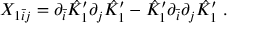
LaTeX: X _ { 1 \bar { i } j } = \partial _ { \bar { i } } \hat { K } _ { 1 } ^ { \prime } \partial _ { j } \hat { K } _ { 1 } ^ { \prime } - \hat { K } _ { 1 } ^ { \prime } \partial _ { \bar { i } } \partial _ { j } \hat { K } _ { 1 } ^ { \prime } \ .